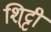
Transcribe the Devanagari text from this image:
शि्ट्टी